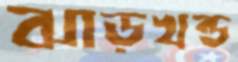
ঝাড়খন্ড